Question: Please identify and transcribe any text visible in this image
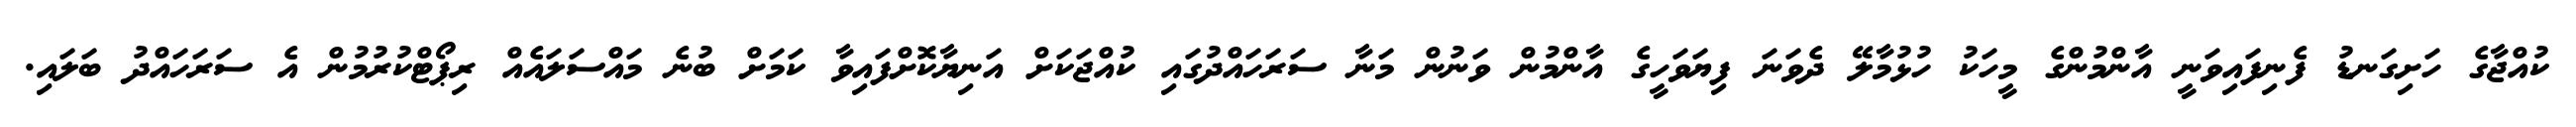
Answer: ކުއްޖާގެ ހަށިގަނޑު ފެނިފައިވަނީ އާންމުންގެ މީހަކު ހުޅުމާލޭ ދެވަނަ ފިޔަވަހީގެ އާންމުން ވަނުން މަނާ ސަރަހައްދުގައި ކުއްޖަކަށް އަނިޔާކޮށްފައިވާ ކަމަށް ބުނެ މައްސަލައެއް ރިޕޯޓްކުރުމުން އެ ސަރަހައްދު ބަލައި.